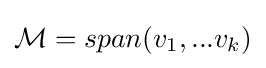
{\textstyle {\mathcal {M}}=span(v_{1},...v_{k})}